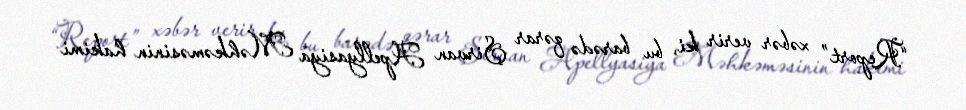
“Report” xəbər verir ki, bu barədə qərar Şirvan Apellyasiya Məhkəməsinin hakimi